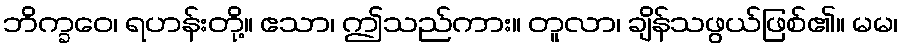
ဘိက္ခဝေ၊ ရဟန်းတို့။ ဧသာ၊ ဤသည်ကား။ တူလာ၊ ချိန်သဖွယ်ဖြစ်၏။ မမ၊